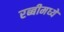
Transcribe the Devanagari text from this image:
रब्बीमध्ये